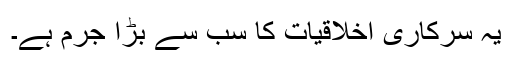
یہ سرکاری اخلاقیات کا سب سے بڑا جرم ہے۔